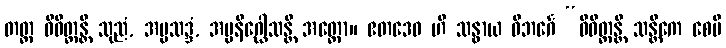
တတ္ထ ဝိဝိတ္တန္တိ သုညံ, အပ္ပသဒ္ဒံ, အပ္ပနိဂ္ဃေါသန္တိ အတ္ထော။ ဧတဒေဝ ဟိ သန္ဓာယ ဝိဘင်္ဂေ “ဝိဝိတ္တန္တိ သန္တိကေ စေပိ